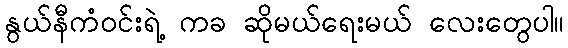
နွယ်နီကံဝင်းရဲ့ ကခ ဆိုမယ်ရေးမယ် လေးတွေပါ။